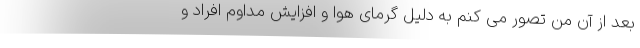
بعد از آن من تصور می کنم به دلیل گرمای هوا و افزایش مداوم افراد و